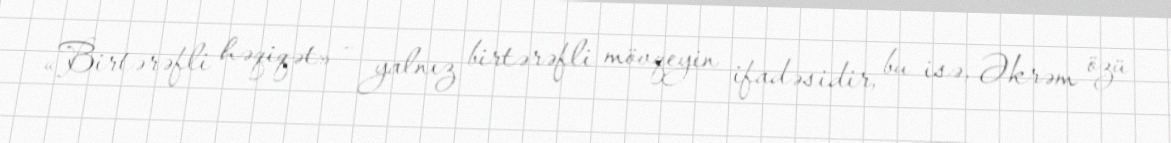
«Birtərəfli həqiqət» - yalnız birtərəfli mövqeyin ifadəsidir, bu isə, Əkrəm özü